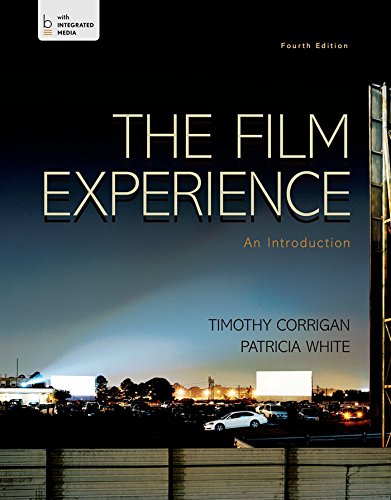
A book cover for The Film Experience: An Introduction; Timothy Corrigan; Humor & Entertainment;